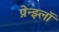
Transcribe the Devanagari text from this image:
प्रेन्झ्लॉ